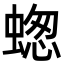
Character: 䗓